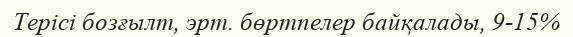
Терісі бозғылт, эрт. бөртпелер байқалады, 9-15%